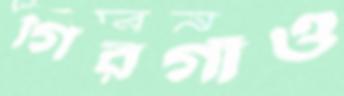
গিরগাঁও